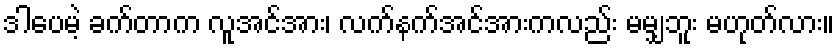
ဒါပေမဲ့ ခက်တာက လူအင်အား၊ လက်နက်အင်အားကလည်း မမျှဘူး မဟုတ်လား။